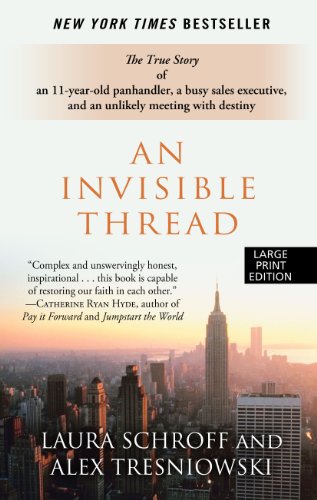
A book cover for An Invisible Thread: The True Story of an 11-Year-Old Panhandler, a Busy Sales Executive, and an Unlikely Meeting with Destiny (Wheeler Large Print Book Series); Laura Schroff; Biographies & Memoirs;